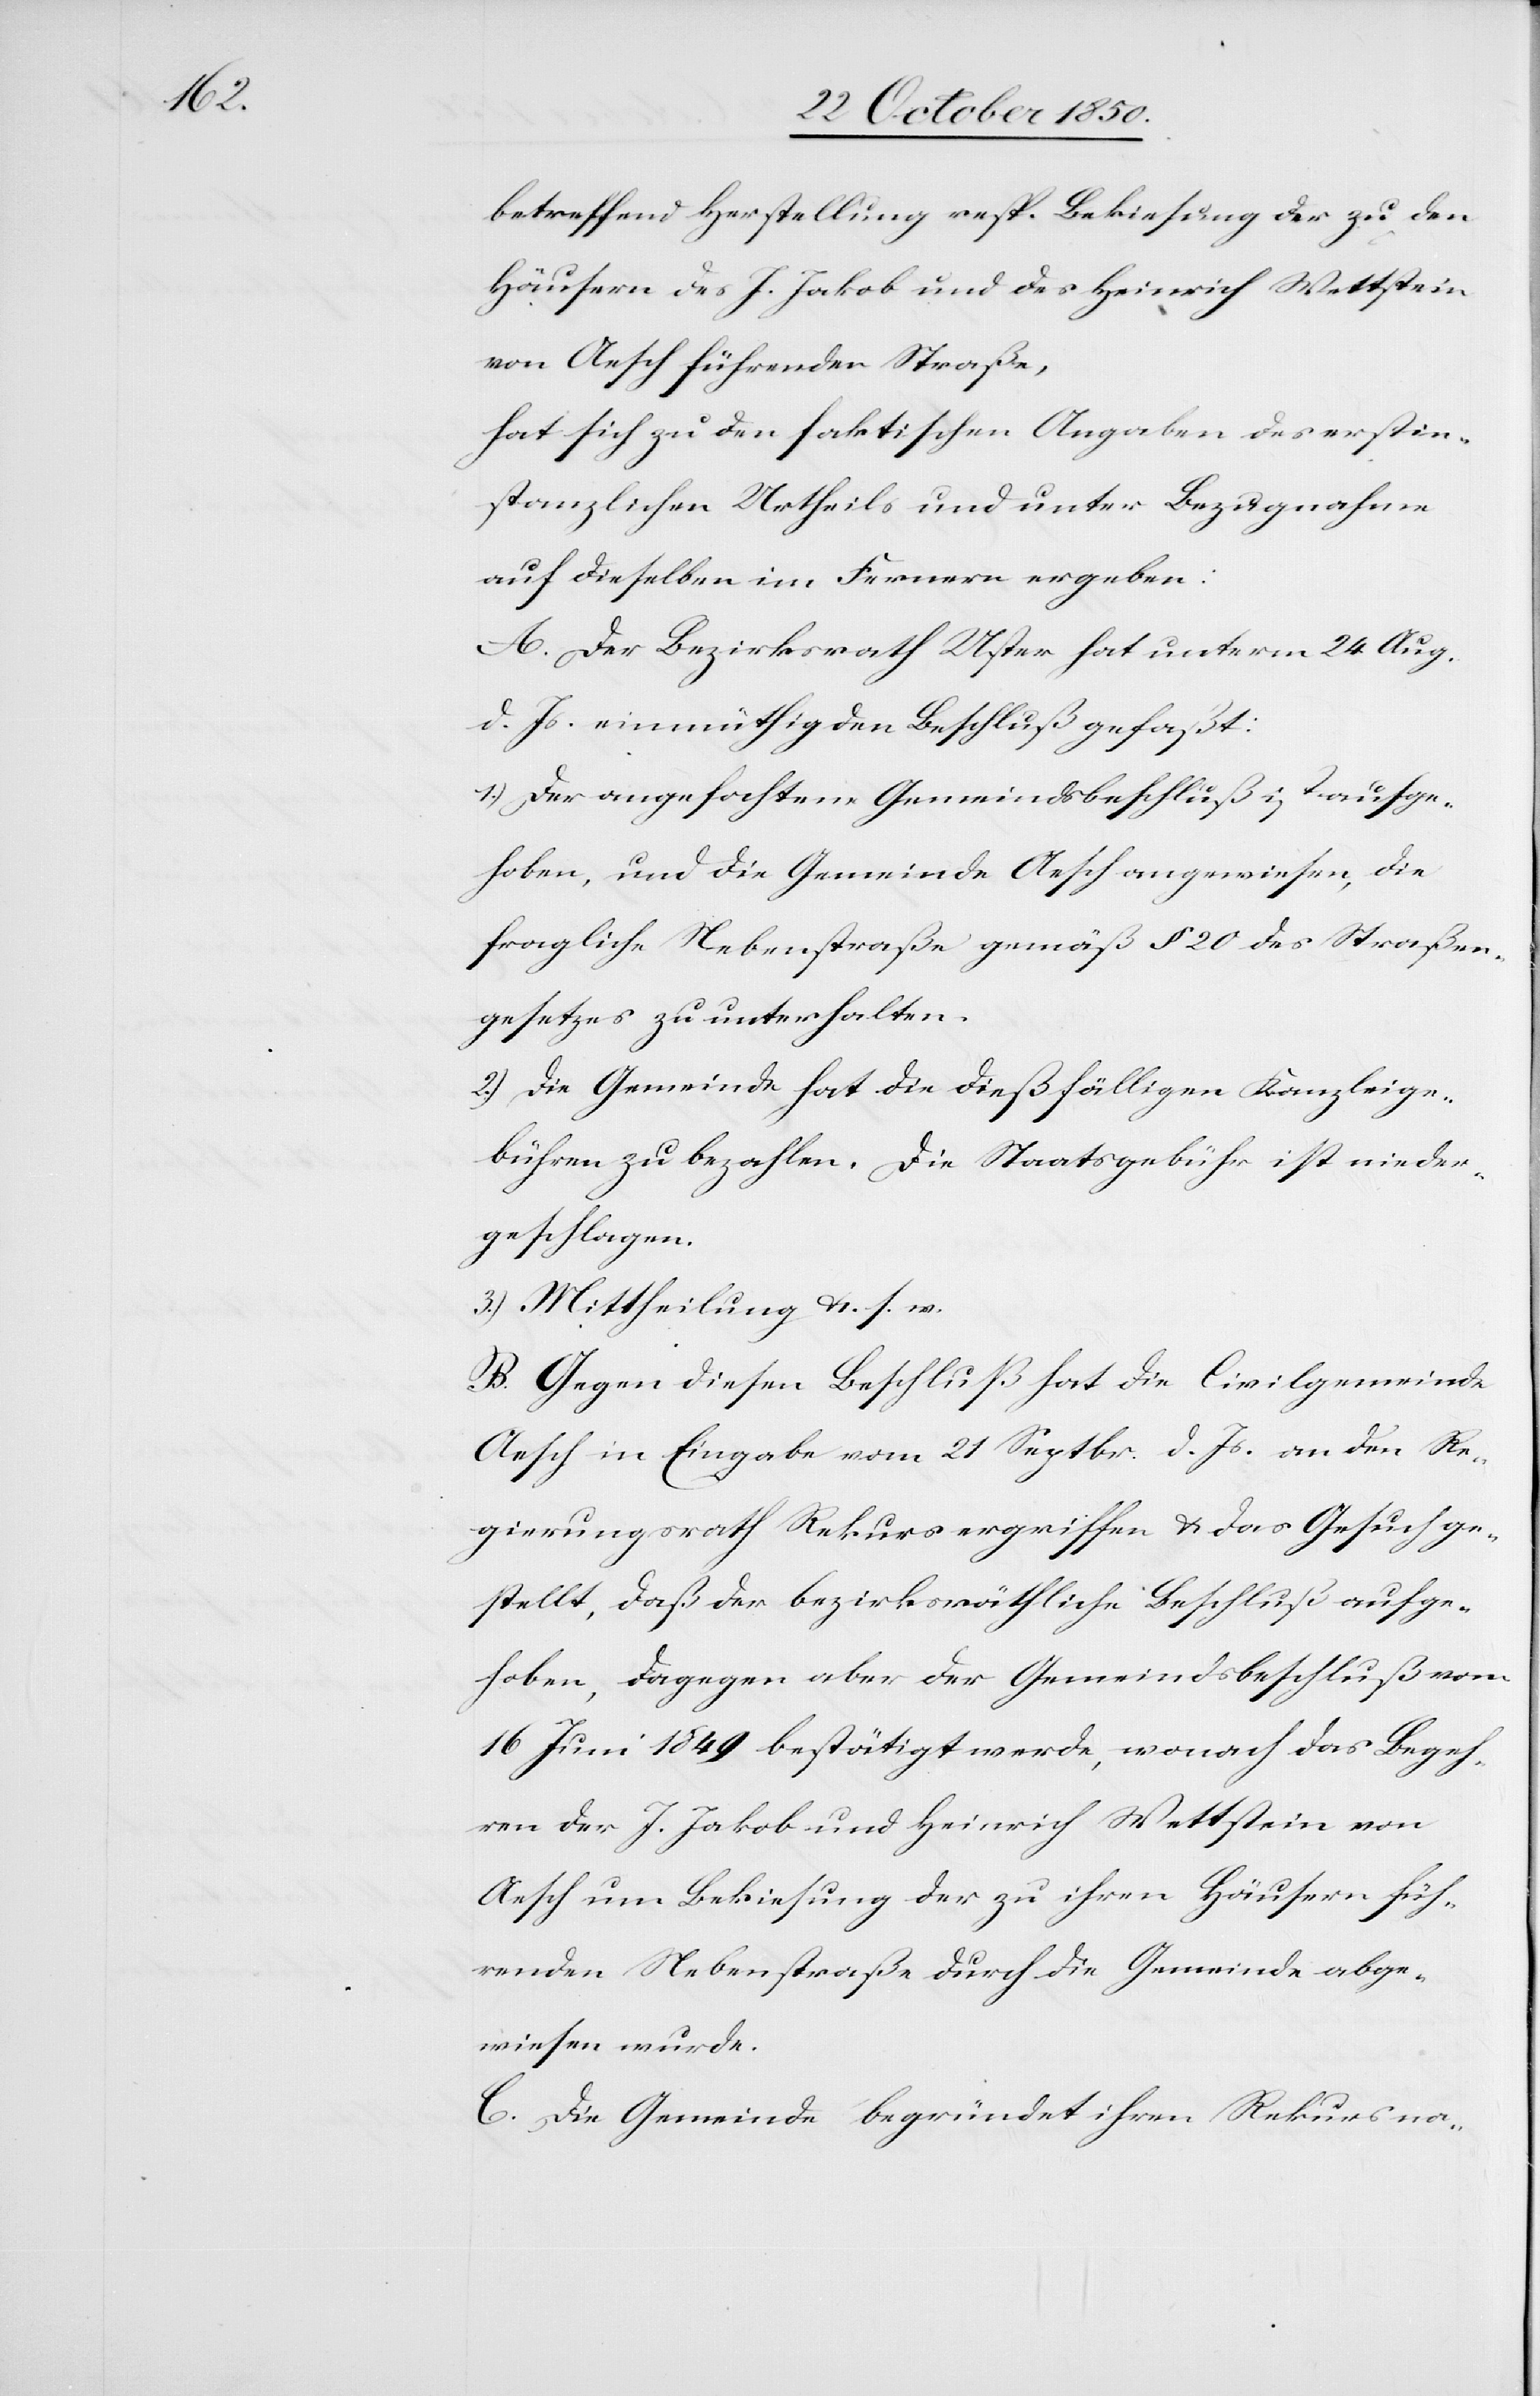
betreffend Herstellung resp. Bekiesung der zu den
Häusern des J. Jakob und des Heinrich Wettstein
von Aesch führenden Straße,
hat sich zu den faktischen Angaben des erstin¬
stanzlichen Urtheils und unter Bezugnahme
auf dieselben im Fernern ergeben:
A. Der Bezirksrath Uster hat unterm 25 Aug.
d. Js. einmüthig den Beschluß gefaßt:
1.) Der angefochtene Gemeindsbeschluß ist aufge¬
hoben, und die Gemeinde Aesch angewiesen, die
fragliche Nebenstraße gemäß § 20 des Straßen¬
gesetzes zu unterhalten.
2.) Die Gemeinde hat die dießfälligen Kanzleige¬
bühren zu bezahlen. Die Staatsgebühr ist nieder¬
geschlagen.
3.) Mittheilung &. s. w.
B. Gegen diesen Beschluß hat die Civilgemeinde
Aesch in Eingabe vom 21 Septbr. d. Js. an den Re¬
gierungsrath Rekurs ergriffen & das Gesuch ge¬
stellt, daß der bezirksräthliche Beschluß aufge¬
hoben, dagegen aber der Gemeindsbeschluß vom
16 Juni 1849 bestätigt werde, wonach das Begeh¬
ren der J. Jakob und Heinrich Wettstein von
Aesch um Bekiesung der zu ihren Häusern füh¬
renden Nebenstraße durch die Gemeinde abge¬
wiesen wurde.
C. Die Gemeinde begründet ihren Rekurs na-